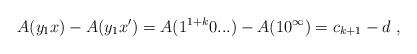
\begin{align*}A(y_1x) - A(y_1x') = A(1^{1+k} 0...) - A(10^\infty) = c_{k+1} - d \ ,\end{align*}